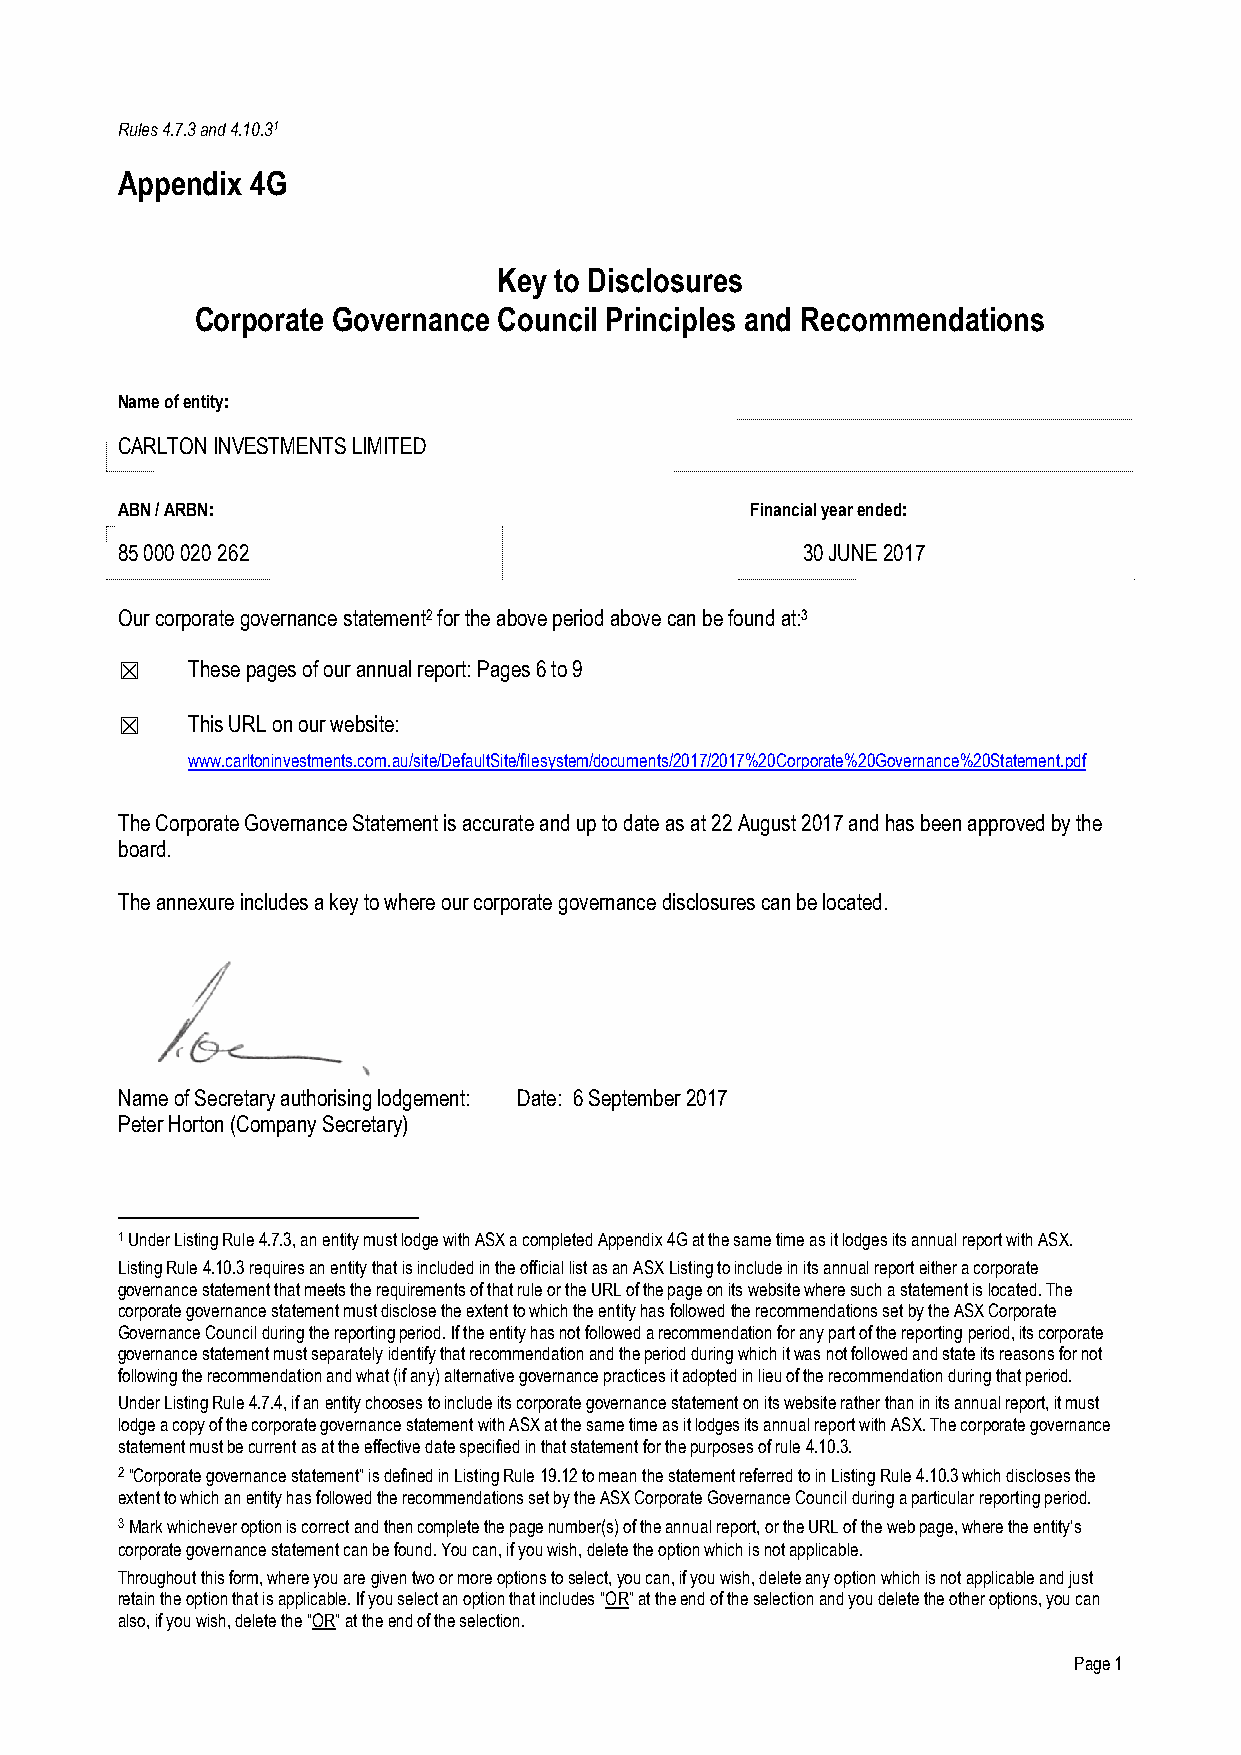
Rules 4.7.3 and 4.10.31
 Appendix 4G
 Key to Disclosures
 Corporate Governance Council Principles and Recommendations
 Name of entity:
 CARLTON INVESTMENTS LIMITED
 ABN / ARBN:                               Financial year ended:
 85 000 020 262                               30 JUNE 2017
 Our corporate governance statement2 for the above period above can be found at:3
 ☒   These pages of our annual report: Pages 6 to 9
 ☒   This URL on our website:
 www.carltoninvestments.com.au/site/DefaultSite/filesystem/documents/2017/2017%20Corporate%20Governance%20Statement.pdf
 The Corporate Governance Statement is accurate and up to date as at 22 August 2017 and has been approved by the
 board.
 The annexure includes a key to where our corporate governance disclosures can be located.
 Name of Secretary authorising lodgement: Date: 6 September 2017
 Peter Horton (Company Secretary)
 1 Under Listing Rule 4.7.3, an entity must lodge with ASX a completed Appendix 4G at the same time as it lodges its annual report with ASX.
 Listing Rule 4.10.3 requires an entity that is included in the official list as an ASX Listing to include in its annual report either a corporate
 governance statement that meets the requirements of that rule or the URL of the page on its website where such a statement is located. The
 corporate governance statement must disclose the extent to which the entity has followed the recommendations set by the ASX Corporate
 Governance Council during the reporting period. If the entity has not followed a recommendation for any part of the reporting period, its corporate
 governance statement must separately identify that recommendation and the period during which it was not followed and state its reasons for not
 following the recommendation and what (if any) alternative governance practices it adopted in lieu of the recommendation during that period.
 Under Listing Rule 4.7.4, if an entity chooses to include its corporate governance statement on its website rather than in its annual report, it must
 lodge a copy of the corporate governance statement with ASX at the same time as it lodges its annual report with ASX. The corporate governance
 statement must be current as at the effective date specified in that statement for the purposes of rule 4.10.3.
 2 “Corporate governance statement” is defined in Listing Rule 19.12 to mean the statement referred to in Listing Rule 4.10.3 which discloses the
 extent to which an entity has followed the recommendations set by the ASX Corporate Governance Council during a particular reporting period.
 3 Mark whichever option is correct and then complete the page number(s) of the annual report, or the URL of the web page, where the entity’s
 corporate governance statement can be found. You can, if you wish, delete the option which is not applicable.
 Throughout this form, where you are given two or more options to select, you can, if you wish, delete any option which is not applicable and just
 retain the option that is applicable. If you select an option that includes “OR” at the end of the selection and you delete the other options, you can
 also, if you wish, delete the “OR” at the end of the selection.
 Page 1